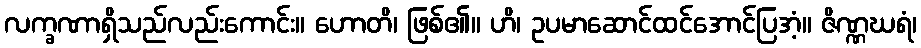
လက္ခဏာရှိသည်လည်းကောင်း။ ဟောတိ၊ ဖြစ်၏။ ဟိ၊ ဥပမာဆောင်ထင်အောင်ပြအံ့။ ဇိဏ္ဏဃရံ၊